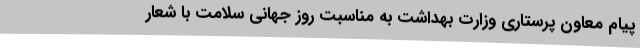
پیام معاون پرستاری وزارت بهداشت به مناسبت روز جهانی سلامت با شعار